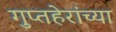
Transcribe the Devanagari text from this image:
गुप्तहेरांच्या